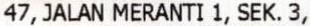
47,JALAN MERANTI 1, SEK. 3,